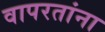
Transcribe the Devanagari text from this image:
वापरतांना